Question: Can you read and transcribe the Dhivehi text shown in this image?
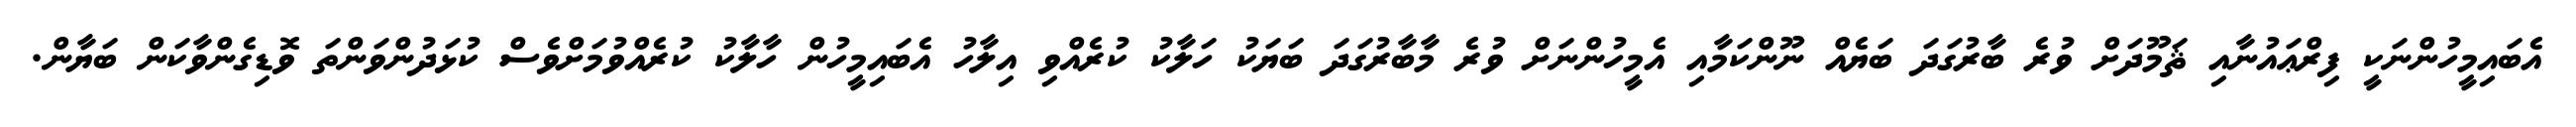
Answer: އެބައިމީހުންނަކީ ފިރްޢައުނާއި ޘަމޫދަށް ވުރެ ބާރުގަދަ ބަޔެއް ނޫންކަމާއި އެމީހުންނަށް ވުރެ މާބާރުގަދަ ބަޔަކު ހަލާކު ކުރެއްވި އިލާހު އެބައިމީހުން ހާލާކު ކުރެއްވުމަށްވެސް ކުޅަދުންވަންތަ ވޮޑިގެންވާކަން ބަޔާން.